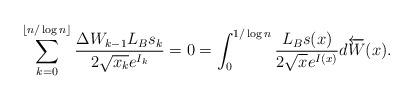
LaTeX: \begin{align*}\sum_{k=0}^{\lfloor n/\log n\rfloor} \frac{\Delta W_{k-1} L_Bs_k}{2\sqrt{x_k}e^{ I_k}} =0=\int_{0}^{1/\log n} \frac{L_B s(x)}{2\sqrt{x}e^{ I(x)}} d\overleftarrow{W}(x) . \end{align*}